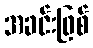
အခင်းဖြစ်